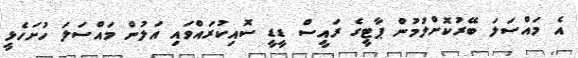
އެ މައްސަލަ ބޭރުކޮށްލުމުން ޕާޓީގެ ރައީސް ޑީޑީ ސޮއިކުރައްވައި އަލުން މައްސަލަ ހުށަހެޅީ